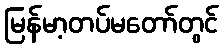
မြန်မာ့တပ်မတော်တွင်